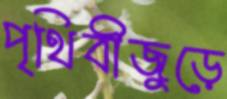
পৃথিবীজুড়ে